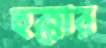
হুক্কার